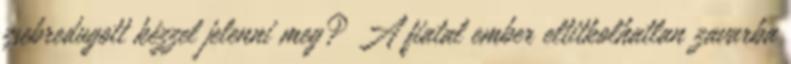
zsebredugott kézzel jelenni meg? A fiatal ember eltitkolhatlan zavarba